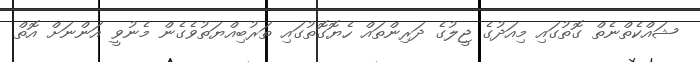
ޝައްކެތްނެތް ގޮތުގައި މިއަދުގެ ޖީލުގެ ދަރިންތައް ހެޔޮގޮތުގައި ތަރުބިއްޔަތުވެގެން މެނުވީ އަންނަށް އޮތް